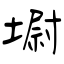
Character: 墛